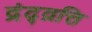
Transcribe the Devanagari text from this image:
द्रंद्व्रत्ति